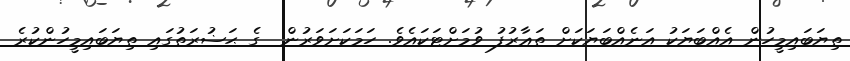
ތިޔަބައިމީހުން އެއްބަޔަކު އަނެއްބަޔަކަށް ތަޢާރުފު ވުމަށްޓަކައެވެ. ހަމަކަށަވަރުން  ގެ ޙަޟުރަތުގައި ތިޔަބައިމީހުންކުރެ